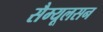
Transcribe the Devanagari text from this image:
सैम्यूलसन